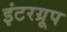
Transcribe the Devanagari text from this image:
इंटरग्रूप